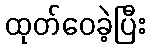
ထုတ်ဝေခဲ့ပြီး